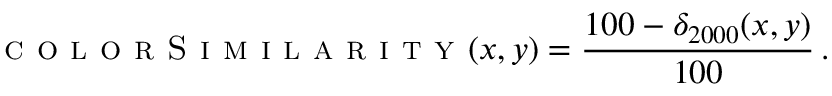
\textsc { c o l o r S i m i l a r i t y } ( x , y ) = \frac { 1 0 0 - \delta _ { 2 0 0 0 } ( x , y ) } { 1 0 0 } \, .